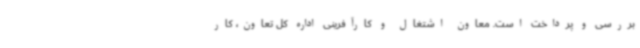
بررسی و پرداخت است. معاون اشتغال‌ و کارآفرینی اداره کل تعاون، کار